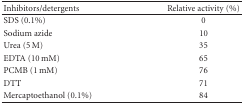
<table><thead><tr><td><b>Inhibitors/detergents</b></td><td><b>Relative activity (%)</b></td></tr></thead><tbody><tr><td>SDS (0.1%)</td><td>0</td></tr><tr><td>Sodium azide</td><td>10</td></tr><tr><td>Urea (5 M)</td><td>35</td></tr><tr><td>EDTA (10 mM)</td><td>65</td></tr><tr><td>PCMB (1 mM)</td><td>76</td></tr><tr><td>DTT</td><td>71</td></tr><tr><td>Mercaptoethanol (0.1%)</td><td>84</td></tr></tbody></table>